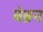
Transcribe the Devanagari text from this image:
बेब्रन